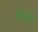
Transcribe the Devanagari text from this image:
मान्ध्र